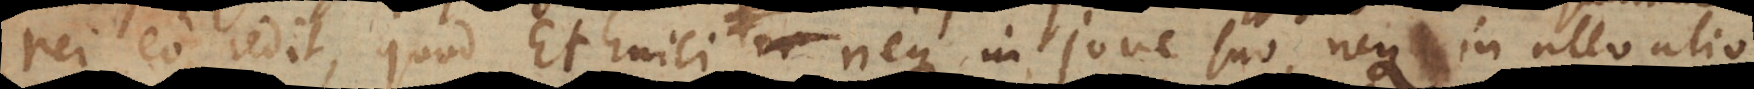
rei eo redit, quod Ethnici neque in Jove suo, neque in ullo alio